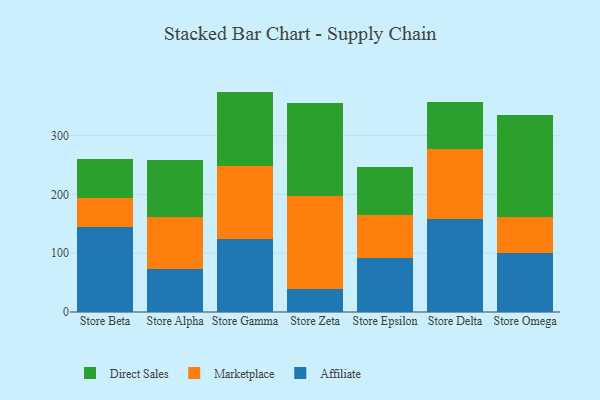
{"axis": {"x": "Store", "y": "Inventory Turnover"}, "legend": ["Affiliate", "Direct Sales", "Marketplace"], "data": [{"x": "Store Beta", "y": 144.0, "type": "Affiliate"}, {"x": "Store Beta", "y": 50.7, "type": "Marketplace"}, {"x": "Store Beta", "y": 65.2, "type": "Direct Sales"}, {"x": "Store Alpha", "y": 72.7, "type": "Affiliate"}, {"x": "Store Alpha", "y": 89.1, "type": "Marketplace"}, {"x": "Store Alpha", "y": 96.0, "type": "Direct Sales"}, {"x": "Store Gamma", "y": 123.9, "type": "Affiliate"}, {"x": "Store Gamma", "y": 124.9, "type": "Marketplace"}, {"x": "Store Gamma", "y": 126.0, "type": "Direct Sales"}, {"x": "Store Zeta", "y": 39.1, "type": "Affiliate"}, {"x": "Store Zeta", "y": 158.2, "type": "Marketplace"}, {"x": "Store Zeta", "y": 158.4, "type": "Direct Sales"}, {"x": "Store Epsilon", "y": 91.1, "type": "Affiliate"}, {"x": "Store Epsilon", "y": 73.2, "type": "Marketplace"}, {"x": "Store Epsilon", "y": 83.1, "type": "Direct Sales"}, {"x": "Store Delta", "y": 158.8, "type": "Affiliate"}, {"x": "Store Delta", "y": 117.7, "type": "Marketplace"}, {"x": "Store Delta", "y": 80.5, "type": "Direct Sales"}, {"x": "Store Omega", "y": 99.6, "type": "Affiliate"}, {"x": "Store Omega", "y": 62.5, "type": "Marketplace"}, {"x": "Store Omega", "y": 173.5, "type": "Direct Sales"}]}